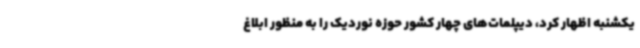
یکشنبه اظهار کرد، دیپلمات‌های چهار کشور حوزه نوردیک را به منظور ابلاغ